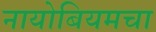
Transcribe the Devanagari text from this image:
नायोबियमचा